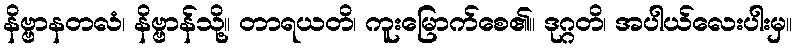
နိဗ္ဗာနတလံ၊ နိဗ္ဗာန်သို့။ တာရယတိ၊ ကူးမြောက်စေ၏။ ဒုဂ္ဂတိ၊ အပါယ်လေးပါးမှ။